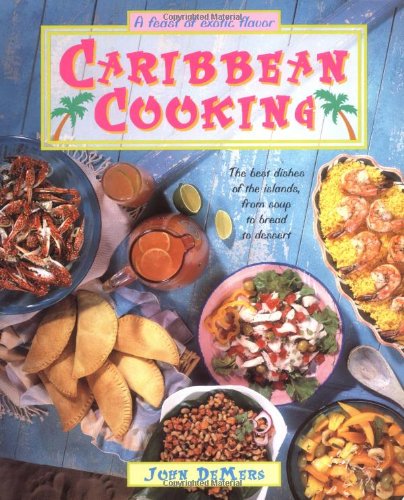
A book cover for Caribbean Cooking; John Demers; Cookbooks, Food & Wine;